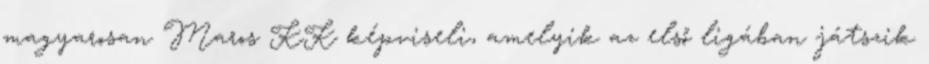
magyarosan Maros KK képviseli, amelyik az első ligában játszik